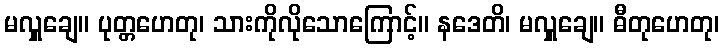
မလှူချေ။ ပုတ္တဟေတု၊ သားကိုလိုသောကြောင့်။ နဒေတိ၊ မလှူချေ။ ဓီတုဟေတု၊